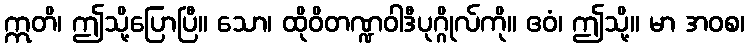
ဣတိ၊ ဤသို့ပြောပြီ။ သော၊ ထိုဝိတဏ္ဍဝါဒီပုဂ္ဂိုလ်ကို။ ဧဝံ၊ ဤသို့။ မာ အဝစ၊